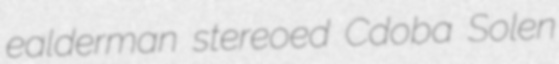
ealderman stereoed Cdoba Solen